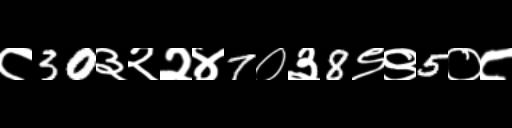
Text: ८30३२२४7०३8९९5०८